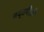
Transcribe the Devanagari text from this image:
बद्तमीज़ी